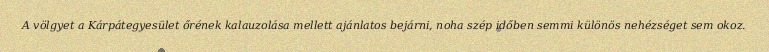
A völgyet a Kárpátegyesület őrének kalauzolása mellett ajánlatos bejárni, noha szép időben semmi különös nehézséget sem okoz.